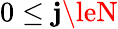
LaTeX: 0\le\mathbf{j}\leN